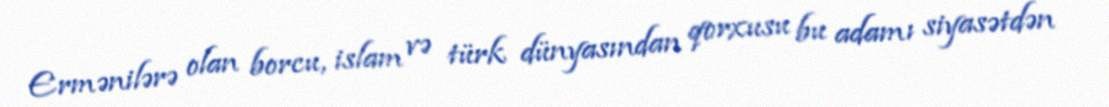
Ermənilərə olan borcu, islam və türk dünyasından qorxusu bu adamı siyasətdən